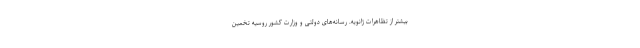
بیشتر از تظاهرات ژانویه. رسانه‌های دولتی و وزارت کشور روسیه تخمین